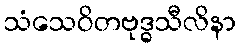
သံသေဝိတဗုဒ္ဓသီလိနာ